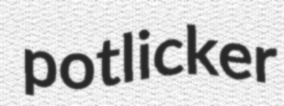
potlicker